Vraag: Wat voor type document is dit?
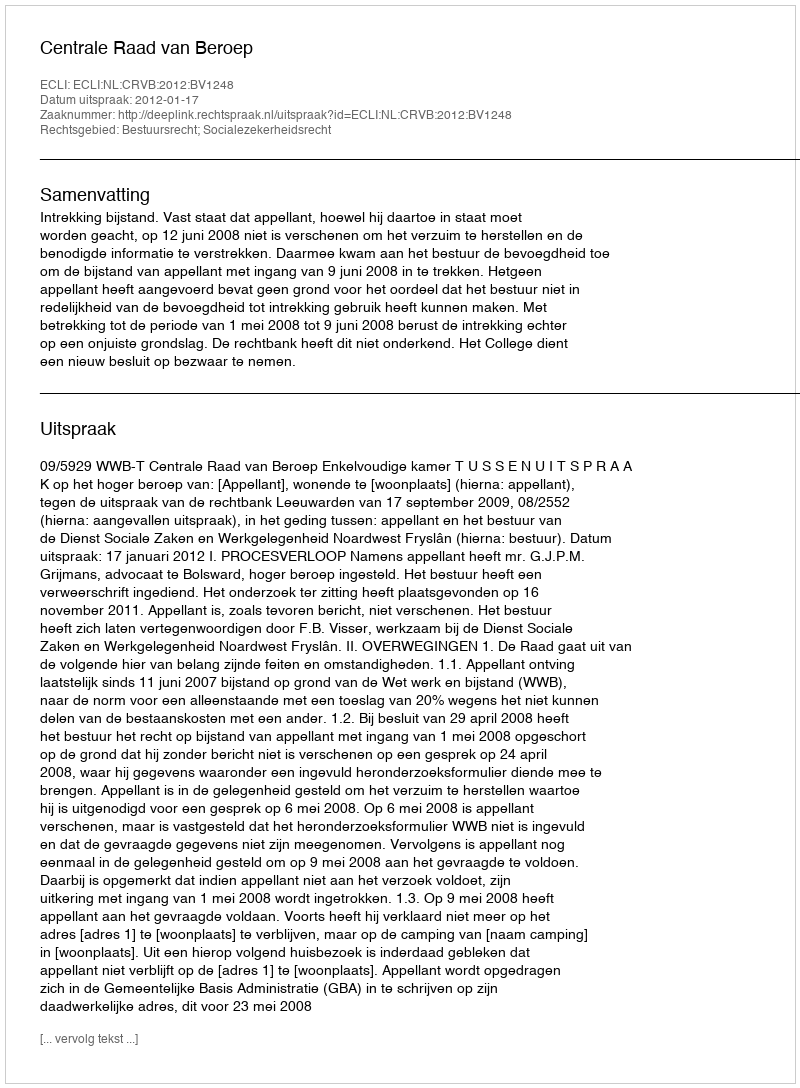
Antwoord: Uitspraak